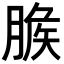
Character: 𦞕